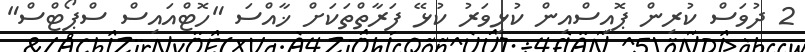
2 ދުވަަސް ކުރިން ޕޮއިސްއިން ކުޅިވަރު ކުޅޭ ފަރާތްތަކަށް ޚާއްސަ "ހޮޓްއައިސް ސްޕޯޓްސް"